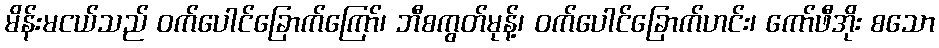
မိန်းမငယ်သည် ဝက်ပေါင်ခြောက်ကြော်၊ ဘီစကွတ်မုန့်၊ ဝက်ပေါင်ခြောက်ဟင်း၊ ကော်ဖီအိုး စသော